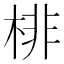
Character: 棑